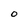
Character: O